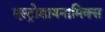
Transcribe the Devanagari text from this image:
एस्ट्रोडायनामिक्स